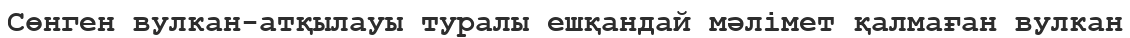
Сөнген вулкан-атқылауы туралы ешқандай мәлімет қалмаған вулкан